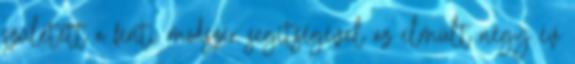
született a fenti módszer segítségével az elmúlt négy év